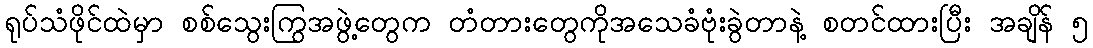
ရုပ်သံဖိုင်ထဲမှာ စစ်သွေးကြွအဖွဲ့တွေက တံတားတွေကိုအသေခံဗုံးခွဲတာနဲ့ စတင်ထားပြီး အချိန် ၅